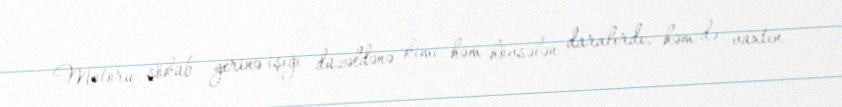
Motoru söküb yerinə işığı düzəldənə kimi həm hövsələn daralırdı, həm də vaxtın